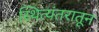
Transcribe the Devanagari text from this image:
स्थित्यंतरातून